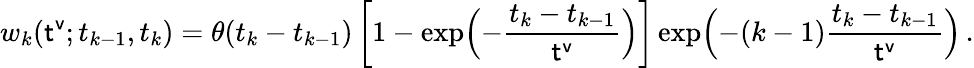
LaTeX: w_{k}({\sf t^{v}};t_{k-1},t_{k})=\theta(t_{k}-t_{k-1})\left[1-\exp\Bigl(-\frac{t_{k}-t_{k-1}}{{\sf t^{v}}}\Bigr)\right]\exp\Bigl(-(k-1)\frac{t_{k}-t_{k-1}}{{\sf t^{v}}}\Bigr)\, .